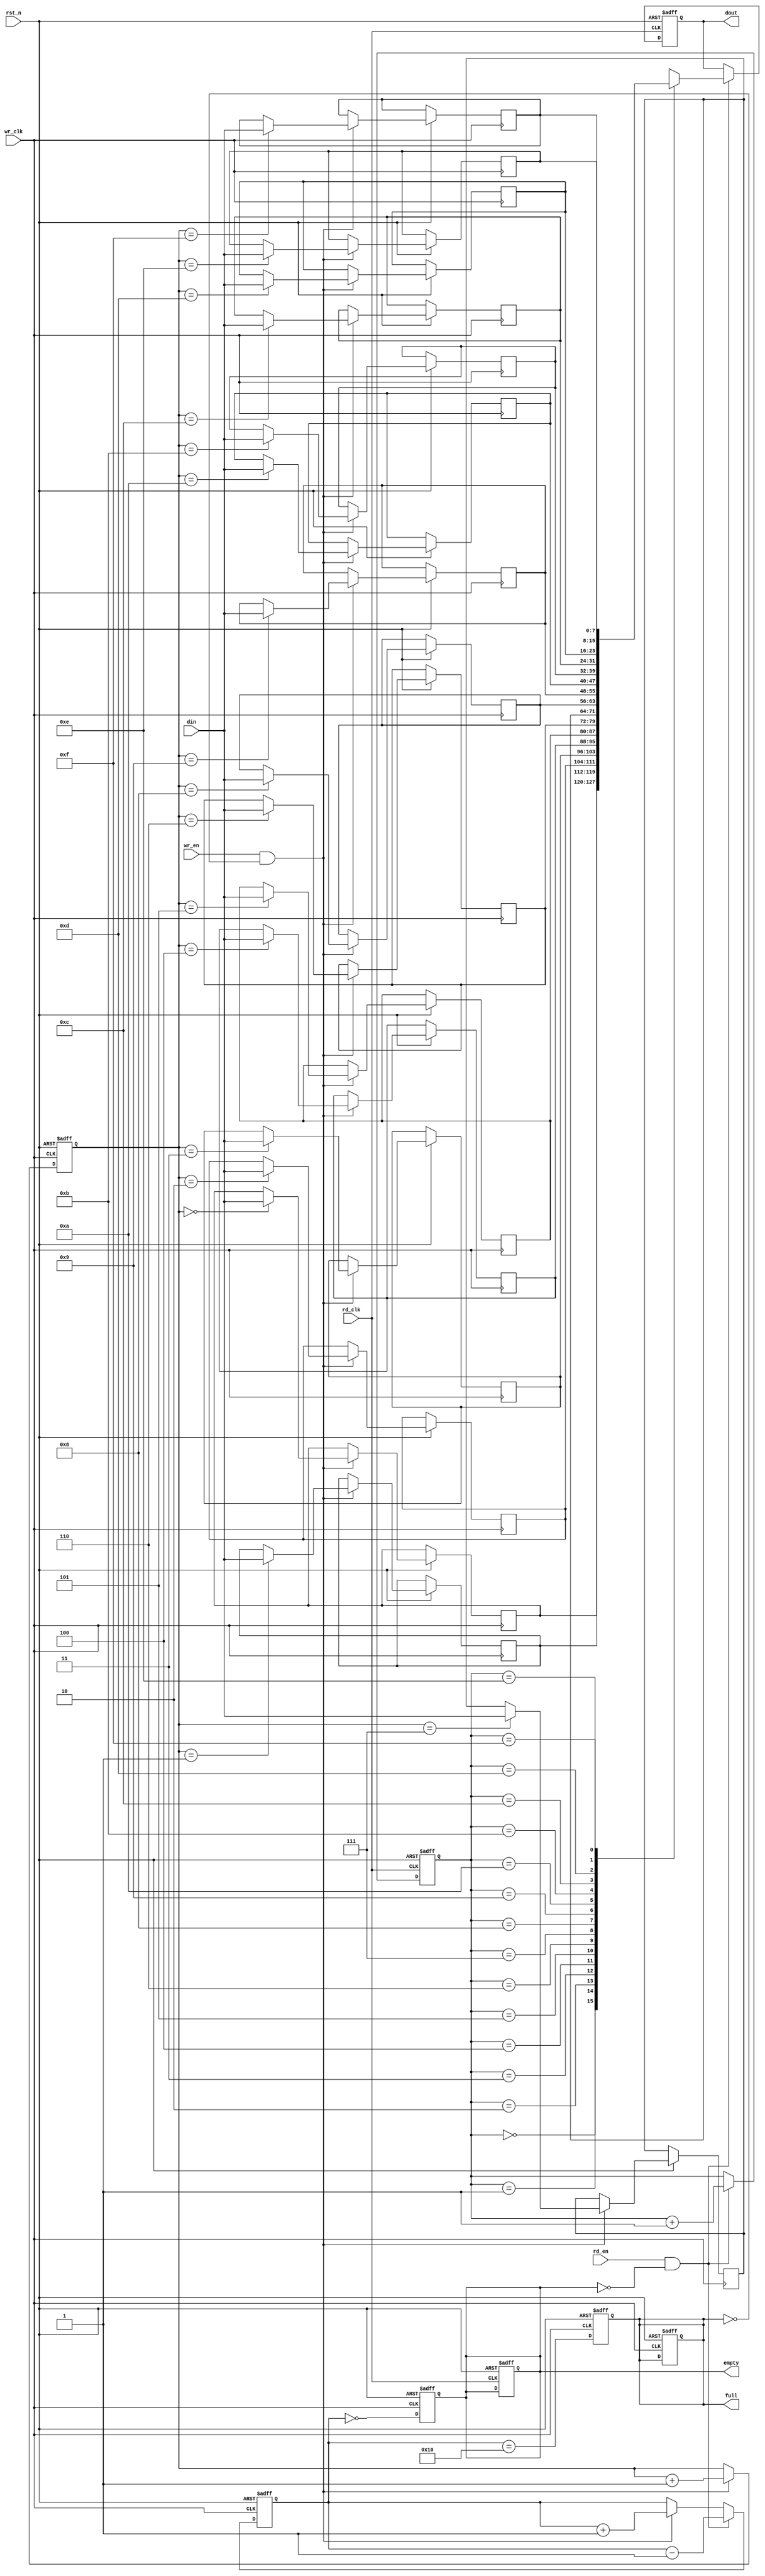
module async_fifo #(
    parameter DATA_WIDTH = 8,  // Width of the data
    parameter FIFO_DEPTH = 16   // Depth of the FIFO (must be a power of 2)
)(
    input wire wr_clk,           // Write clock
    input wire rd_clk,           // Read clock
    input wire rst_n,            // Asynchronous reset (active low)
    input wire wr_en,            // Write enable
    input wire rd_en,            // Read enable
    input wire [DATA_WIDTH-1:0] din, // Data input
    output reg [DATA_WIDTH-1:0] dout, // Data output
    output reg full,             // Full flag
    output reg empty             // Empty flag
);

    // Memory array
    reg [DATA_WIDTH-1:0] fifo_mem [0:FIFO_DEPTH-1];

    // Write and Read pointers
    reg [$clog2(FIFO_DEPTH)-1:0] wptr, rptr;
    reg [$clog2(FIFO_DEPTH)-1:0] wptr_sync, rptr_sync;
    reg [$clog2(FIFO_DEPTH):0] fifo_count; // Count of items in FIFO

    // Asynchronous reset logic
    always @(posedge wr_clk or negedge rst_n) begin
        if (!rst_n) begin
            wptr <= 0;
            full <= 0;
        end else if (wr_en && !full) begin
            fifo_mem[wptr] <= din;
            wptr <= wptr + 1;
        end
    end

    always @(posedge rd_clk or negedge rst_n) begin
        if (!rst_n) begin
            rptr <= 0;
            empty <= 1;
            dout <= 0;
        end else if (rd_en && !empty) begin
            dout <= fifo_mem[rptr];
            rptr <= rptr + 1;
        end
    end

    // Synchronize write pointer to read clock domain
    always @(posedge rd_clk or negedge rst_n) begin
        if (!rst_n) begin
            wptr_sync <= 0;
        end else begin
            wptr_sync <= wptr;
        end
    end

    // Synchronize read pointer to write clock domain
    always @(posedge wr_clk or negedge rst_n) begin
        if (!rst_n) begin
            rptr_sync <= 0;
        end else begin
            rptr_sync <= rptr;
        end
    end

    // FIFO count and full/empty flags
    always @(posedge wr_clk or negedge rst_n) begin
        if (!rst_n) begin
            fifo_count <= 0;
            full <= 0;
            empty <= 1;
        end else begin
            if (wr_en && !full) begin
                fifo_count <= fifo_count + 1;
            end
            if (rd_en && !empty) begin
                fifo_count <= fifo_count - 1;
            end
            full <= (fifo_count == FIFO_DEPTH);
            empty <= (fifo_count == 0);
        end
    end

endmodule